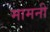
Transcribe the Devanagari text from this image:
मामनी